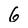
Character: 6